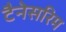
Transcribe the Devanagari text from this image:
टैनेसरिम